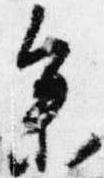
参